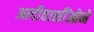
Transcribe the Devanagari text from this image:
आदीवासींओमे